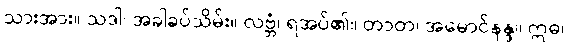
သားအား။ သဒါ၊ အခါခပ်သိမ်း။ လဗ္ဘံ၊ ရအပ်၏။ တာတ၊ အမောင်နန္ဒ။ ဣဓ၊